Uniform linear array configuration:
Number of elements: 12
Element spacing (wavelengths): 0.5
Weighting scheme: cosine
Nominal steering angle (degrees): -30
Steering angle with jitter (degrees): -28.74
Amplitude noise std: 0.05
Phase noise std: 0.05

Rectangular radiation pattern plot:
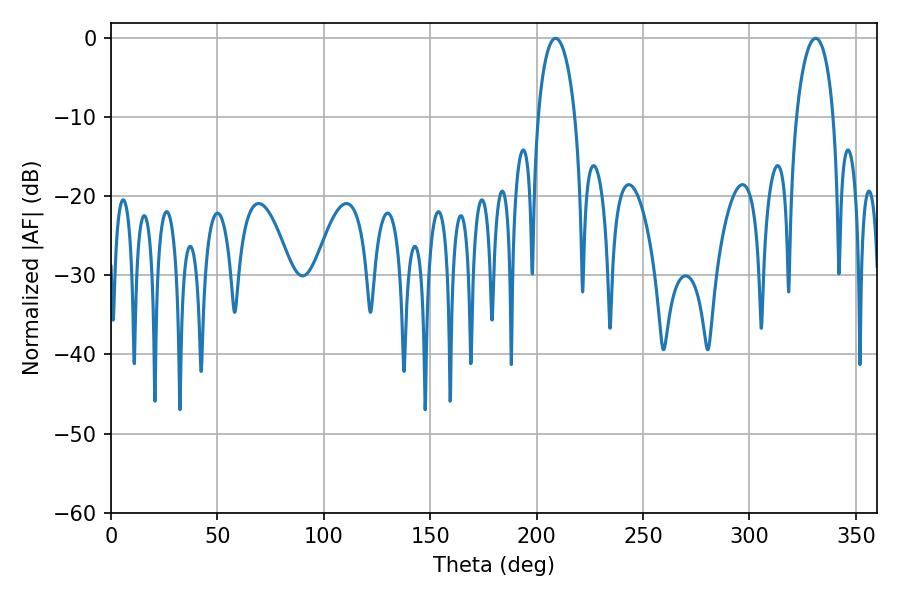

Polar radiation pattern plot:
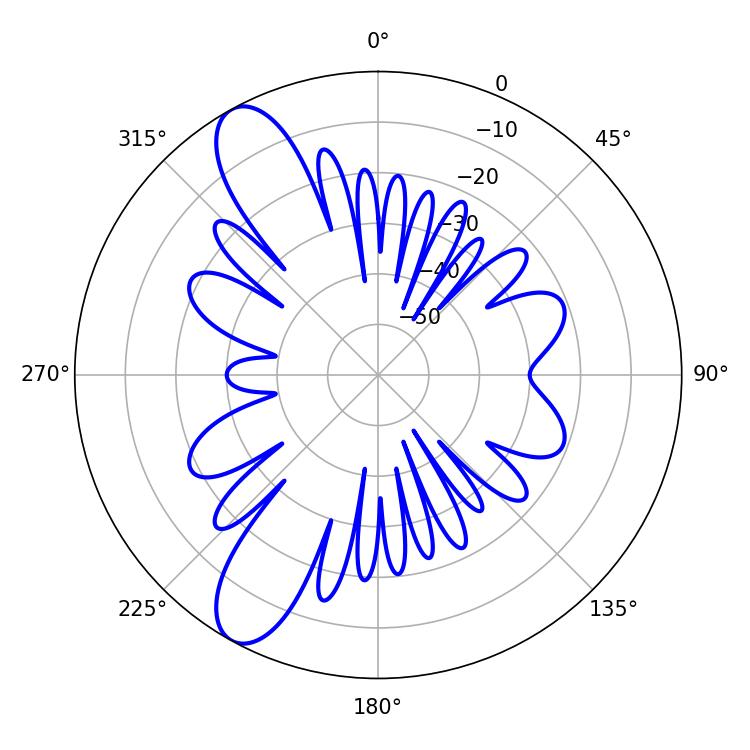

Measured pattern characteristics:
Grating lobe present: FALSE
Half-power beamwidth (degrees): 9.9
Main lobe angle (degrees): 331.02